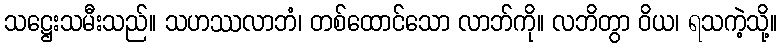
သဋ္ဌေးသမီးသည်။ သဟဿလာဘံ၊ တစ်ထောင်သော လာဘ်ကို။ လဘိတွာ ဝိယ၊ ရသကဲ့သို့။